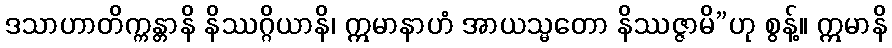
ဒသာဟာတိက္ကန္တာနိ နိဿဂ္ဂိယာနိ၊ ဣမာနာဟံ အာယသ္မတော နိဿဇ္ဇာမိ”ဟု စွန့်။ ဣမာနိ